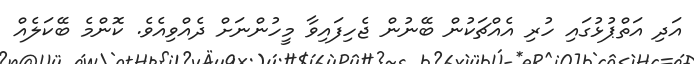
އަދި އަތްޕުޅުގައި ހުރި އެއްޗަކުން ބޭނުން ޖެހިފައިވާ މީހުންނަށް ދެއްވިއެވެ. ކޮންމެ ބޭކަލެއް